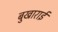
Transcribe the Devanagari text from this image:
बुखाराई